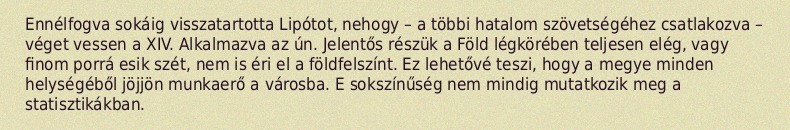
Ennélfogva sokáig visszatartotta Lipótot, nehogy – a többi hatalom szövetségéhez csatlakozva – véget vessen a XIV. Alkalmazva az ún. Jelentős részük a Föld légkörében teljesen elég, vagy finom porrá esik szét, nem is éri el a földfelszínt. Ez lehetővé teszi, hogy a megye minden helységéből jöjjön munkaerő a városba. E sokszínűség nem mindig mutatkozik meg a statisztikákban.